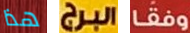
هذا البرج وفقا